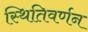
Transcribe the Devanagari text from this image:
स्थितिवर्णन